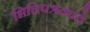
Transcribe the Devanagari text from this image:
भित्तिपत्रकांचे